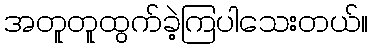
အတူတူထွက်ခဲ့ကြပါသေးတယ်။